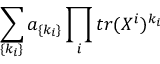
\sum _ { \{ k _ { i } \} } a _ { \{ k _ { i } \} } \prod _ { i } t r ( X ^ { i } ) ^ { k _ { i } }